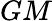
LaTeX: GM